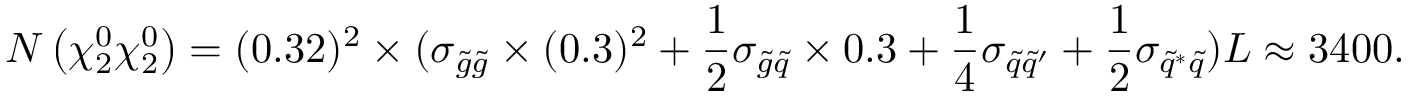
N \left( \chi _ { 2 } ^ { 0 } \chi _ { 2 } ^ { 0 } \right) = ( 0 . 3 2 ) ^ { 2 } \times ( \sigma _ { \tilde { g } \tilde { g } } \times ( 0 . 3 ) ^ { 2 } + \frac { 1 } { 2 } \sigma _ { \tilde { g } \tilde { q } } \times 0 . 3 + \frac { 1 } { 4 } \sigma _ { \tilde { q } \tilde { q } ^ { \prime } } + \frac { 1 } { 2 } \sigma _ { \tilde { q } ^ { \ast } \tilde { q } } ) L \approx 3 4 0 0 .